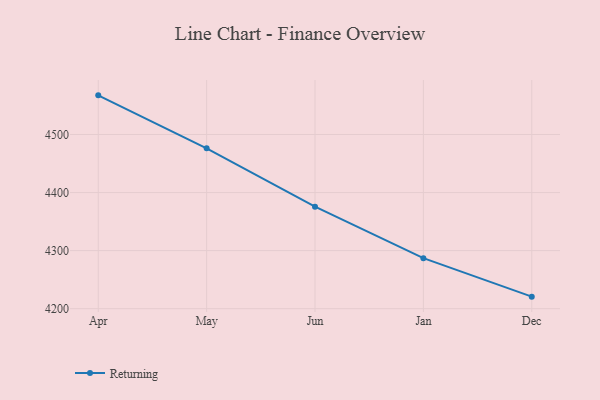
{"axis": {"x": "Month", "y": "Satisfaction Score"}, "legend": ["Returning"], "data": [{"x": "Apr", "y": 4567.4, "type": "Returning"}, {"x": "May", "y": 4476.1, "type": "Returning"}, {"x": "Jun", "y": 4375.7, "type": "Returning"}, {"x": "Jan", "y": 4287.0, "type": "Returning"}, {"x": "Dec", "y": 4220.7, "type": "Returning"}]}